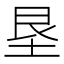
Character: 垦